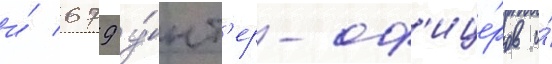
и́ 679 у́нт'ер-оф'ице́ров и́